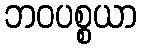
ဘဝပစ္စယာ